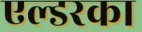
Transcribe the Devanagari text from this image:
एल्डरका